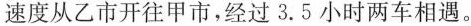
速度从乙市开往甲市，经过3.5小时两车相遇。